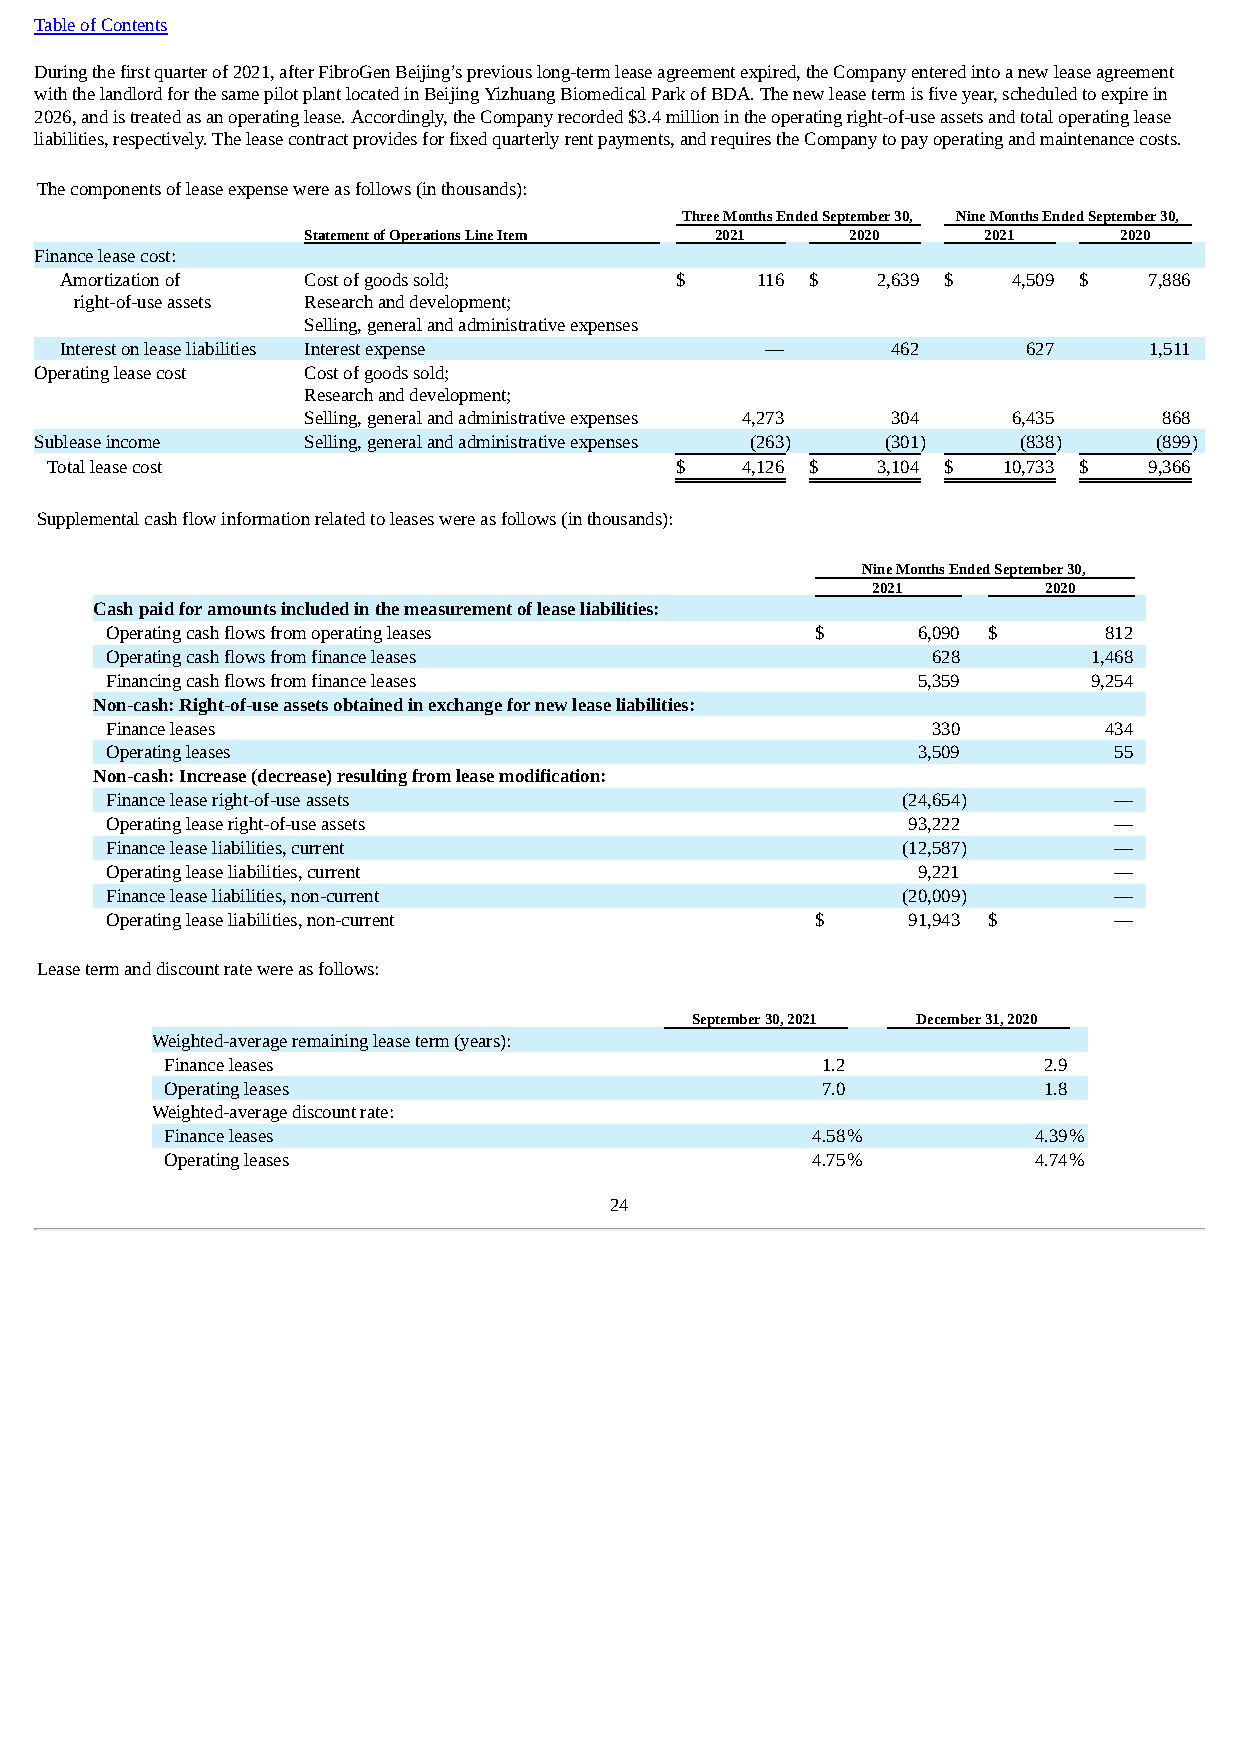
Table of Contents
 During the first quarter of 2021, after FibroGen Beijing’s previous long-term lease agreement expired, the Company entered into a new lease agreement
 with the landlord for the same pilot plant located in Beijing Yizhuang Biomedical Park of BDA. The new lease term is five year, scheduled to expire in
 2026, and is treated as an operating lease. Accordingly, the Company recorded $3.4 million in the operating right-of-use assets and total operating lease
 liabilities, respectively. The lease contract provides for fixed quarterly rent payments, and requires the Company to pay operating and maintenance costs.
 The components of lease expense were as follows (in thousands):
 Three Months Ended September 30, Nine Months Ended September 30,
 Statement of Operations Line Item 2021 2020  2021     2020
 Finance lease cost:
 Amortization of Cost of goods sold;      $    116 $   2,639 $  4,509 $  7,886
 right-of-use assets Research and development;
 Selling, general and administrative expenses
 Interest on lease liabilities Interest expense —       462      627     1,511
 Operating lease cost Cost of goods sold;
 Research and development;
 Selling, general and administrative expenses 4,273 304 6,435 868
 Sublease income   Selling, general and administrative expenses (263) (301) (838) (899)
 Total lease cost                          $   4,126 $  3,104 $ 10,733 $  9,366
 Supplemental cash flow information related to leases were as follows (in thousands):
 Nine Months Ended September 30,
 2021       2020
 Cash paid for amounts included in the measurement of lease liabilities:
 Operating cash flows from operating leases     $      6,090 $     812
 Operating cash flows from finance leases               628       1,468
 Financing cash flows from finance leases              5,359      9,254
 Non-cash: Right-of-use assets obtained in exchange for new lease liabilities:
 Finance leases                                         330        434
 Operating leases                                      3,509        55
 Non-cash: Increase (decrease) resulting from lease modification:
 Finance lease right-of-use assets                    (24,654)      —
 Operating lease right-of-use assets                  93,222        —
 Finance lease liabilities, current                   (12,587)      —
 Operating lease liabilities, current                  9,221        —
 Finance lease liabilities, non-current               (20,009)      —
 Operating lease liabilities, non-current       $     91,943 $      —
 Lease term and discount rate were as follows:
 September 30, 2021 December 31, 2020
 Weighted-average remaining lease term (years):
 Finance leases                             1.2            2.9
 Operating leases                           7.0            1.8
 Weighted-average discount rate:
 Finance leases                             4.58%         4.39%
 Operating leases                           4.75%         4.74%
 24